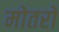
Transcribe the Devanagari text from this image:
मोतरों